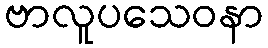
ဗာလူပသေဝနာ